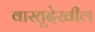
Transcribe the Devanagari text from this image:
वास्तूदेखील